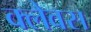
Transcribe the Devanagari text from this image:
क्लैवस